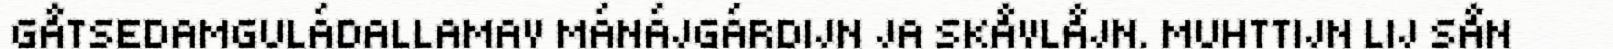
GÅTSEDAMGULÁDALLAMAV MÁNÁJGÁRDIJN JA SKÅVLÅJN. MUHTTIJN LIJ SÅN